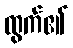
ထွက်၏